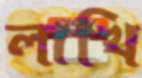
লাখি